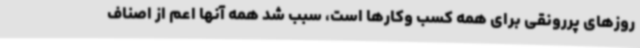
روزهای پررونقی برای همه کسب وکارها است، سبب شد همه آنها اعم از اصناف